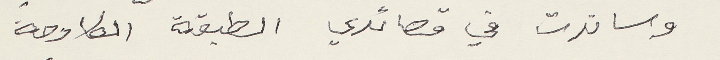
وساندت في قصائدي الطبقة الكادحة